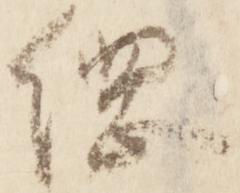
綱